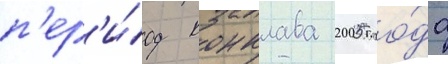
п'ер'и́од конклава 2005 го́да